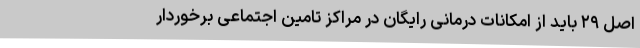
اصل ۲۹ باید از امکانات درمانی رایگان در مراکز تامین اجتماعی برخوردار